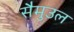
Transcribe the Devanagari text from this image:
सैमुउल